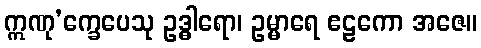
ဣဏု’က္ခေပေသု ဥဒ္ဓါရော၊ ဥမ္မာရေ ဧဠကော အဇေ။